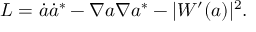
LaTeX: { \cal L } = \dot { a } \dot { a } ^ { \ast } - \nabla a \nabla a ^ { \ast } - | W ^ { \prime } ( a ) | ^ { 2 } .